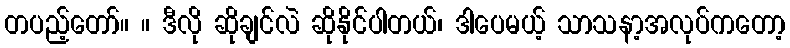
တပည့်တော်။ ။ ဒီလို ဆိုချင်လဲ ဆိုနိုင်ပါတယ်၊ ဒါပေမယ့် သာသနာ့အလုပ်ကတော့